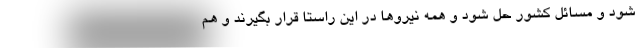
شود و مسائل کشور حل شود و همه نیروها در این راستا قرار بگیرند و هم